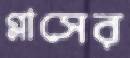
গ্লাসের